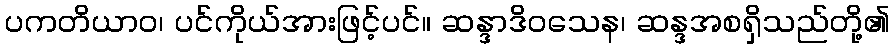
ပကတိယာဝ၊ ပင်ကိုယ်အားဖြင့်ပင်။ ဆန္ဒာဒိဝသေန၊ ဆန္ဒအစရှိသည်တို့၏